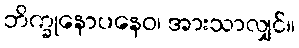
ဘိက္ခုနောပနေဝ၊ အားသာလျှင်။